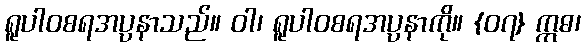
ရူပါဝစရအပ္ပနာသည်။ ဝါ၊ ရူပါဝစရအပ္ပနာကို။ {၀၇} ဣဓ၊